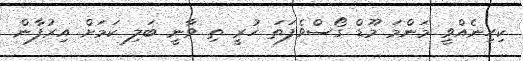
ކިހިނެއްވީ މަންމަ މޫޑް ގޯސްވެފަތަ ހުރީ ތި ވާނީ ބަލި ކަމަށް އިރުފާން